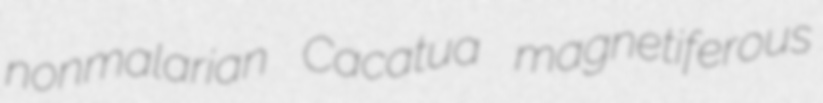
nonmalarian Cacatua magnetiferous